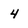
Character: 4